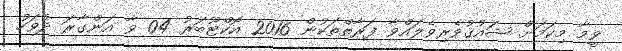
ވީމާ މިކަމަށް ޝައުޤުވެރިވެލައްވާ ފަރާތްތަކުން 2016 އޮކްޓޫބަރު 04 ވާ އަންގާރަ ދުވަހު